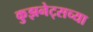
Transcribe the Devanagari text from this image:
कुझनेट्सच्या